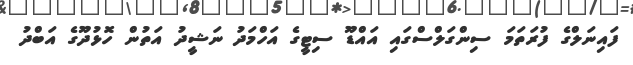
ފައިނަލްގެ ފުރަތަމަ ސިންގަލްސްގައި އައްޑޫ ސިޓީގެ އަހްމަދު ނަޝީދު އަތުން ހޮޅުދޫގެ އަބްދު